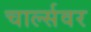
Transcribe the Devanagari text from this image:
चार्ल्सवर